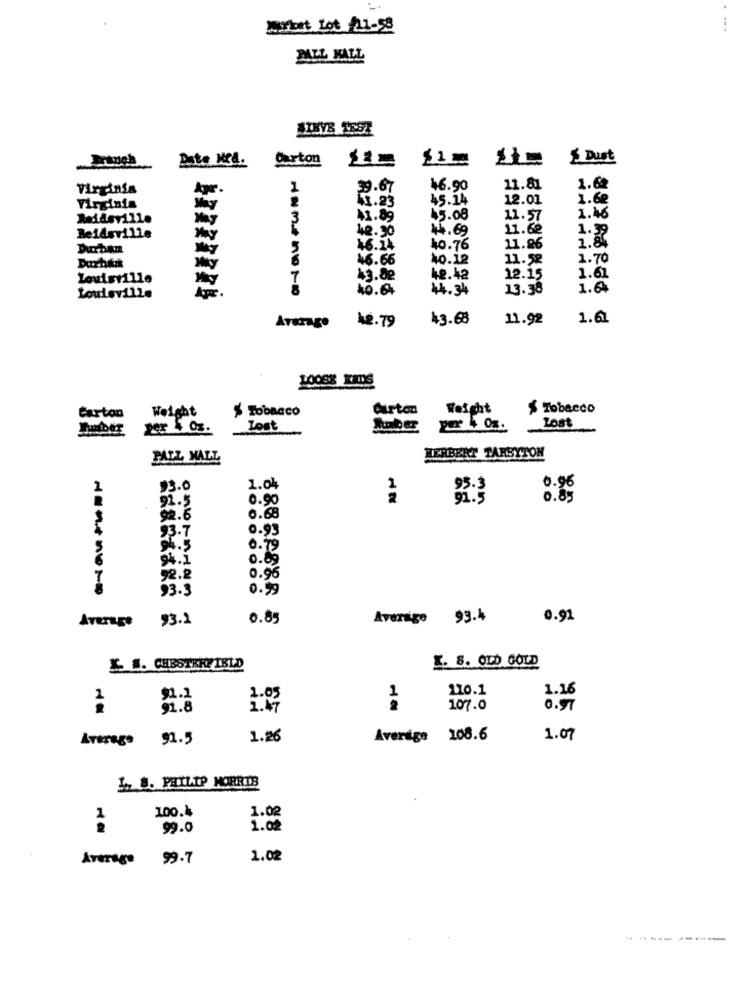
bort Lot 21-58
PALL MALL
Carton
11=
Dust
Date Med.
Virginia
39.67
16.90
11.81
1.60
41.23
45.14
12.01
1.68
Virginia
Reidsville
3
41.89
45.08
11.57
1.46
40.30
44.69
11.62
1.39
Reidsville
1.8
Durhin
5
46.14
10.76
11.26
Duchatik
46.66
40.12
11.52
1.70
Louisville
7
43.82
48.42
12.15
1.61
40.64
44.34
13.38
1.64
Lowdeville
12.79
43.68
11.92
1.61
Average
10058 KIDS
Weight
S Tobacco
Carton
Weight
$ Tobacco
Carton
per 4 0z.
Lost
per 4 0s.
Lost
PALL MALL
HERBERT TARBYTON
2
13.0
1.04
1
95.3
0.96
0.90
91.5
0.85
92.5
0.68
92.6
93.7
0.93
94.5
0.79
94.1
0.89
92.2
0.96
93.3
0.99
Average
93.2
0.85
Average 93.4
0.91
& #. CHESTERFIELD
X. 8. OLD GOLD
110.1
1.16
$1.2
91.8
1.47
107.0
0.97
Average 91.5
1.26
Average 108.6
1.07
1 8. PHILIP MORRIS
100.4
1.02
99.0
1.02
Average 99.7
1.02
----------